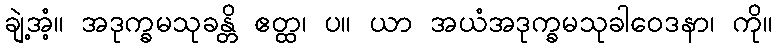
ချဲ့အံ့။ အဒုက္ခမသုခန္တိ ဧတ္ထ၊ ပ။ ယာ အယံအဒုက္ခမသုခါဝေဒနာ၊ ကို။